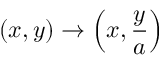
( x , y ) \to \left( x , { \frac { y } { a } } \right)